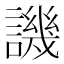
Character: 譏